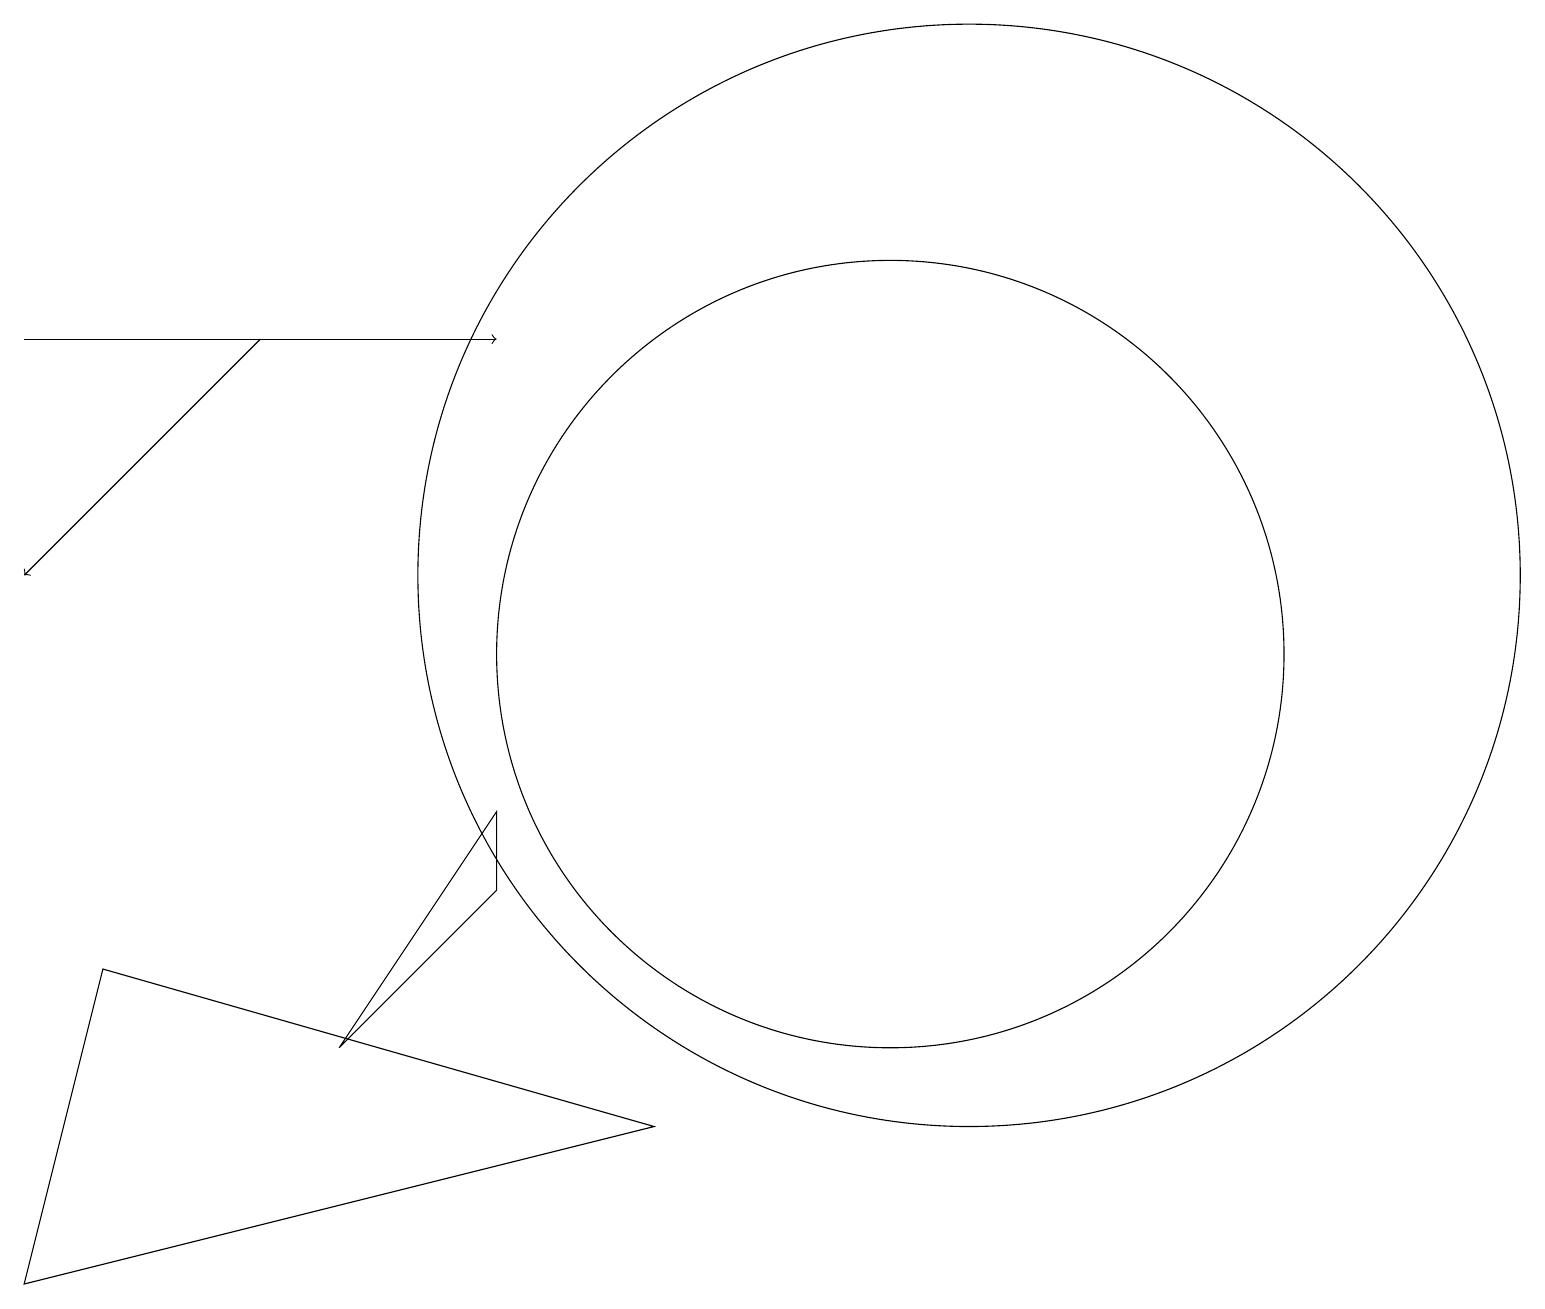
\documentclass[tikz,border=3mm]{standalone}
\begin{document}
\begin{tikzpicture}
\draw (6,8) -- (4,6) -- (6,9) -- cycle;
\draw[->] (0,15) -- (6,15);
\draw (11,10) circle (0);
\draw (12,12) circle (7);
\draw (1,7) -- (8,5) -- (0,3) -- cycle;
\draw (11,11) circle (5);
\draw[->] (3,15) -- (0,12);
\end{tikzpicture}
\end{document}